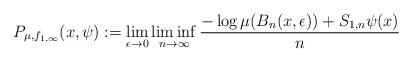
LaTeX: \begin{align*}P_{\mu,f_{1,\infty}}(x,\psi):=\lim_{\epsilon\to 0}\liminf_{n\to\infty}\dfrac{-\log\mu(B_{n}(x,\epsilon))+S_{1,n}\psi(x)}{n}\end{align*}